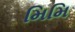
મિમિ